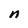
Character: n